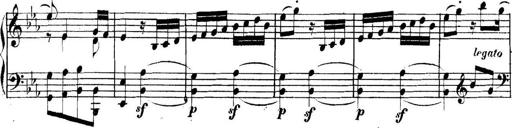
Title: Collected Piano Sonatas
Composer: Muzio Clementi